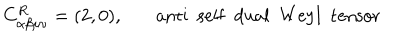
LaTeX: C _ { \alpha \beta \mu \nu } ^ { R } = ( 2 , 0 ) , ~ \mathrm { a n t i ~ ~ s e l f ~ ~ d u a l ~ ~ W e y l ~ ~ t e n s o r }